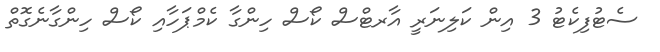
ސެޓުފިކެޓު 3 އިން ކަލިނަރީ އާރޓްސް ކޯސް ހިންގާ ކެމްޕަހާއި ކޯސް ހިންގާނެގޮތް